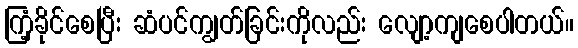
ကြံ့ခိုင်စေပြီး ဆံပင်ကျွတ်ခြင်းကိုလည်း လျော့ကျစေပါတယ်။